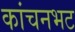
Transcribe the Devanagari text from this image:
कांचनभट